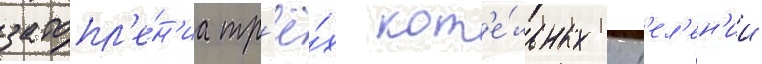
затопл'е́н'иа тр'ё́х кот'е́льных отд'ел'ен'ии